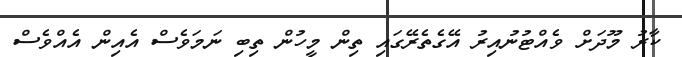
ކާރު މޫދަށް ވެއްޓުނުއިރު އޭގެތެރޭގައި ތިން މީހުން ތިބި ނަމަވެސް އެއިން އެއްވެސް